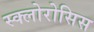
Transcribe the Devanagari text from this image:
स्क्लोरोसिस